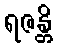
ရဇန္တိ